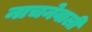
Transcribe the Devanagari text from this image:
नाचनेवाली